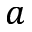
a